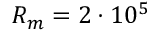
R _ { m } = 2 \cdot 1 0 ^ { 5 }